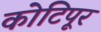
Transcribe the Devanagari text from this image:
कोटिपूर